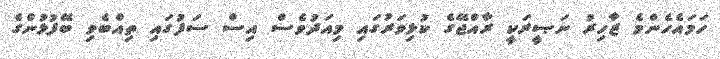
ހަމައެހެންމެ ޒާހިރު ނަޞީރަކީ ރާއްޖޭގެ ކުޅިވަރުގައި މިއަދުވެސް އިސް ސަފުގައި ތިއްބެވި ބޭފުޅުންގެ